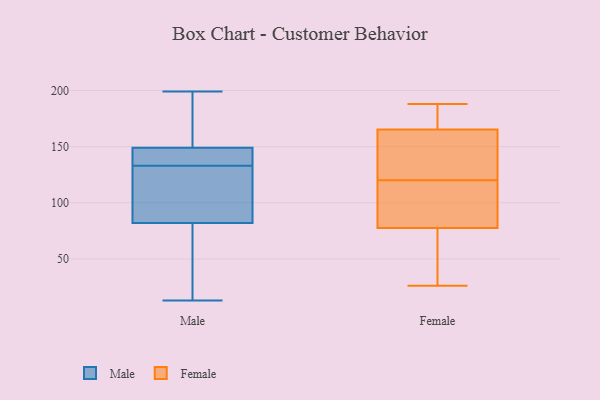
{"axis": {"x": "Gross Profit (USD K)", "y": "Value"}, "legend": ["Female", "Male"], "data": [{"x": "", "y": 149, "type": "Male"}, {"x": "", "y": 82, "type": "Male"}, {"x": "", "y": 135, "type": "Male"}, {"x": "", "y": 138, "type": "Male"}, {"x": "", "y": 29, "type": "Male"}, {"x": "", "y": 13, "type": "Male"}, {"x": "", "y": 199, "type": "Male"}, {"x": "", "y": 131, "type": "Male"}, {"x": "", "y": 102, "type": "Male"}, {"x": "", "y": 188, "type": "Male"}, {"x": "", "y": 169, "type": "Female"}, {"x": "", "y": 26, "type": "Female"}, {"x": "", "y": 174, "type": "Female"}, {"x": "", "y": 120, "type": "Female"}, {"x": "", "y": 41, "type": "Female"}, {"x": "", "y": 96, "type": "Female"}, {"x": "", "y": 161, "type": "Female"}, {"x": "", "y": 70, "type": "Female"}, {"x": "", "y": 80, "type": "Female"}, {"x": "", "y": 164, "type": "Female"}, {"x": "", "y": 188, "type": "Female"}, {"x": "", "y": 104, "type": "Female"}, {"x": "", "y": 155, "type": "Female"}]}